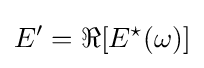
E^{\prime }=\Re [E^{\star }(\omega )]